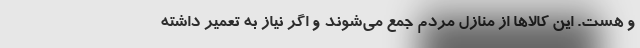
و هست. این کالاها از منازل مردم جمع می‌شوند و اگر نیاز به تعمیر داشته